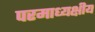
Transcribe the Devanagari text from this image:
परमाध्यक्षीय